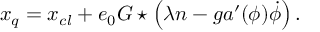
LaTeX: x \sb { q } = x \sb { c l } + e \sb { 0 } { \cal G } \star \left( \lambda n - g a \sp { \prime } ( \phi ) \dot { \phi } \right) .